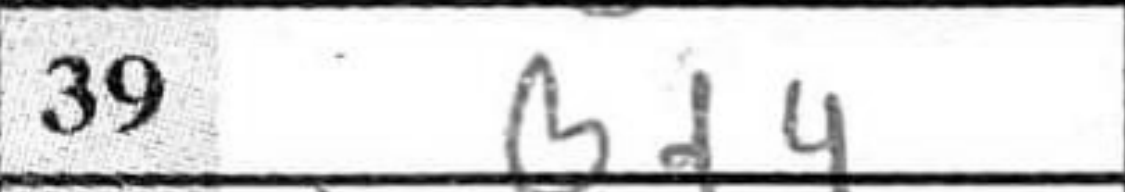
Transcription: Bd4